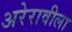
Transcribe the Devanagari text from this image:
अरेरावीला